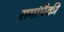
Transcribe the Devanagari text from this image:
रागांपैकी